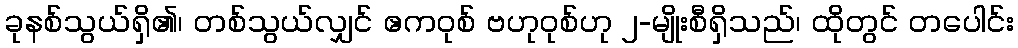
ခုနစ်သွယ်ရှိ၏၊ တစ်သွယ်လျှင် ဧကဝုစ် ဗဟုဝုစ်ဟု ၂-မျိုးစီရှိသည်၊ ထိုတွင် တပေါင်း